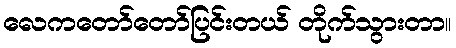
လေကတော်တော်ပြင်းတယ် တိုက်သွားတာ။